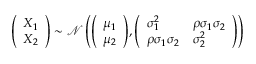
{ \left( \begin{array} { l } { X _ { 1 } } \\ { X _ { 2 } } \end{array} \right) } \sim { \mathcal { N } } \left( { \left( \begin{array} { l } { \mu _ { 1 } } \\ { \mu _ { 2 } } \end{array} \right) } , { \left( \begin{array} { l l } { \sigma _ { 1 } ^ { 2 } } & { \rho \sigma _ { 1 } \sigma _ { 2 } } \\ { \rho \sigma _ { 1 } \sigma _ { 2 } } & { \sigma _ { 2 } ^ { 2 } } \end{array} \right) } \right)